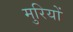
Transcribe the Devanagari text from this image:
मुरियों